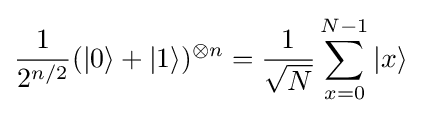
{\frac {1}{2^{n/2}}}(|0\rangle +|1\rangle )^{\otimes n}={\frac {1}{\sqrt {N}}}\sum _{x=0}^{N-1}|x\rangle